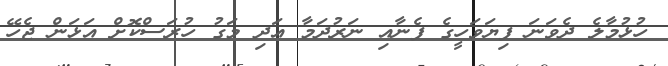
ހުޅުމާލެ ދެވަނަ ފިޔަވަހީގެ ފެނާއި ނަރުދަމާ އަދި މަގު ހުރަސްކޮށް އަޅަން ޖެހޭ